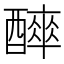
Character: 𨣑